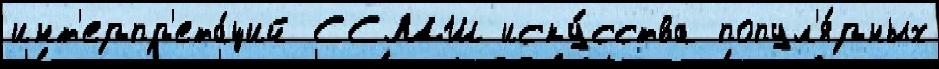
инт'ерпр'ета́ций ССМШ иску́сства попул'я́рных